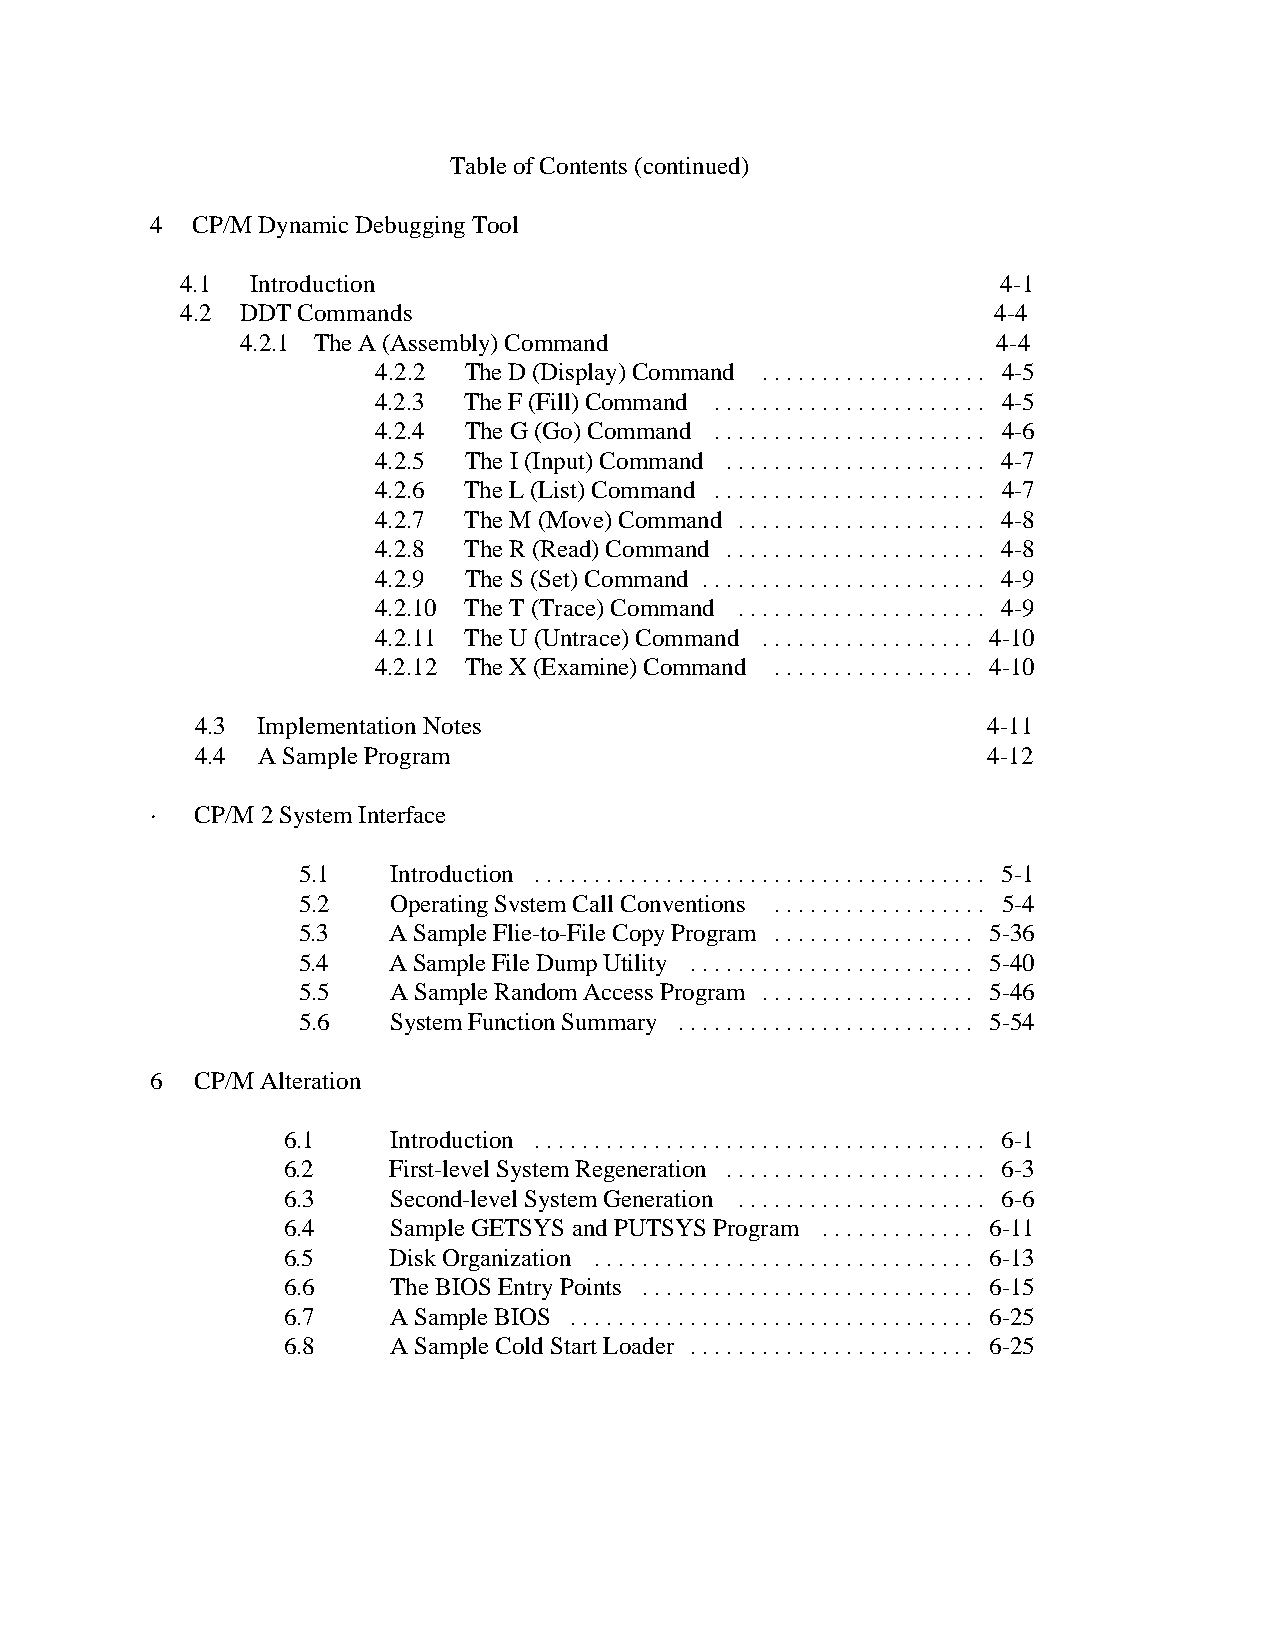
Table of Contents (continued)
 4  CP/M Dynamic Debugging Tool
 4.1  Introduction                                     4-1
 4.2 DDT Commands                                      4-4
 4.2.1 The A (Assembly) Command                    4-4
 4.2.2 The D (Display) Command ................... 4-5
 4.2.3 The F (Fill) Command ....................... 4-5
 4.2.4 The G (Go) Command ....................... 4-6
 4.2.5 The I (Input) Command ...................... 4-7
 4.2.6 The L (List) Command ....................... 4-7
 4.2.7 The M (Move) Command ..................... 4-8
 4.2.8 The R (Read) Command ...................... 4-8
 4.2.9 The S (Set) Command ........................ 4-9
 4.2.10 The T (Trace) Command ..................... 4-9
 4.2.11 The U (Untrace) Command .................. 4-10
 4.2.12 The X (Examine) Command ................. 4-10
 4.3 Implementation Notes                            4-11
 4.4 A Sample Program                                4-12
 ·  CP/M 2 System Interface
 5.1   Introduction ...................................... 5-1
 5.2   Operating Svstem Call Conventions .................. 5-4
 5.3   A Sample Flie-to-File Copy Program ................. 5-36
 5.4   A Sample File Dump Utility ........................ 5-40
 5.5   A Sample Random Access Program .................. 5-46
 5.6   System Function Summary ......................... 5-54
 6  CP/M Alteration
 6.1    Introduction ...................................... 6-1
 6.2    First-level System Regeneration ...................... 6-3
 6.3    Second-level System Generation ..................... 6-6
 6.4    Sample GETSYS and PUTSYS Program ............. 6-11
 6.5    Disk Organization ................................ 6-13
 6.6    The BIOS Entry Points ............................ 6-15
 6.7    A Sample BIOS .................................. 6-25
 6.8    A Sample Cold Start Loader ........................ 6-25